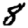
Digit: 8